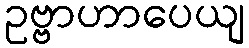
ဥဗ္ဗာဟာပေယျ